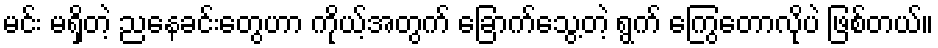
မင်း မရှိတဲ့ ညနေခင်းတွေဟာ ကိုယ့်အတွက် ခြောက်သွေ့တဲ့ ရွက် ကြွေတောလိုပဲ ဖြစ်တယ်။